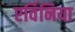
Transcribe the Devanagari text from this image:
एर्विनिया